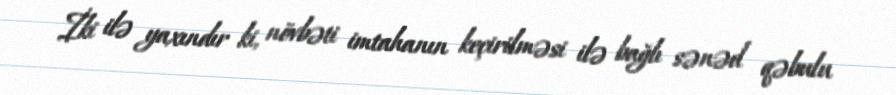
İki ilə yaxındır ki, növbəti imtahanın keçirilməsi ilə bağlı sənəd qəbulu